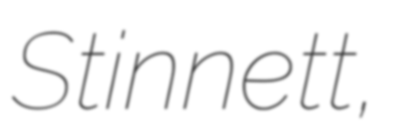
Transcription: Stinnett,